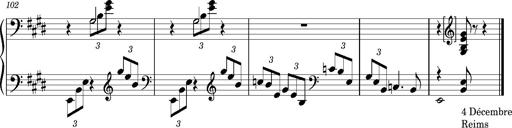
Title: PrÃ©ludes et Harmonies poÃ©tiques et religieuses
Composer: Franz Liszt